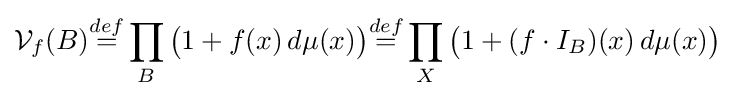
{\cal {V}}_{f}(B){\overset {def}{=}}\prod _{B}{\big (}1+f(x)\,d\mu (x){\big )}{\overset {def}{=}}\prod _{X}{\big (}1+(f\cdot I_{B})(x)\,d\mu (x){\big )}